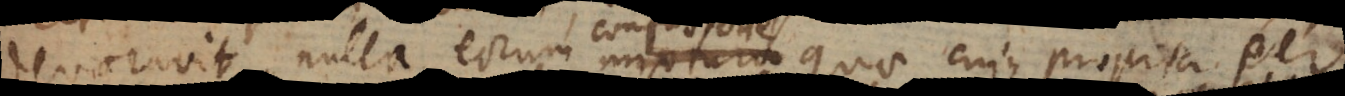
devoravit, nulla eorum mixtura quae cuique propria per